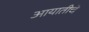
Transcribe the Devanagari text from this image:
आयातीचे